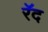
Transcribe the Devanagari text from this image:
रॅद